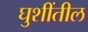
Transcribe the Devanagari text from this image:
घुशींतील